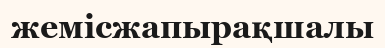
жемісжапырақшалы